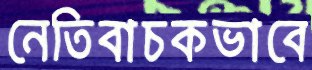
নেতিবাচকভাবে